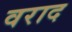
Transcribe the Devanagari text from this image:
वराद